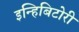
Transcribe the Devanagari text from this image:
इन्हिबिटोरी